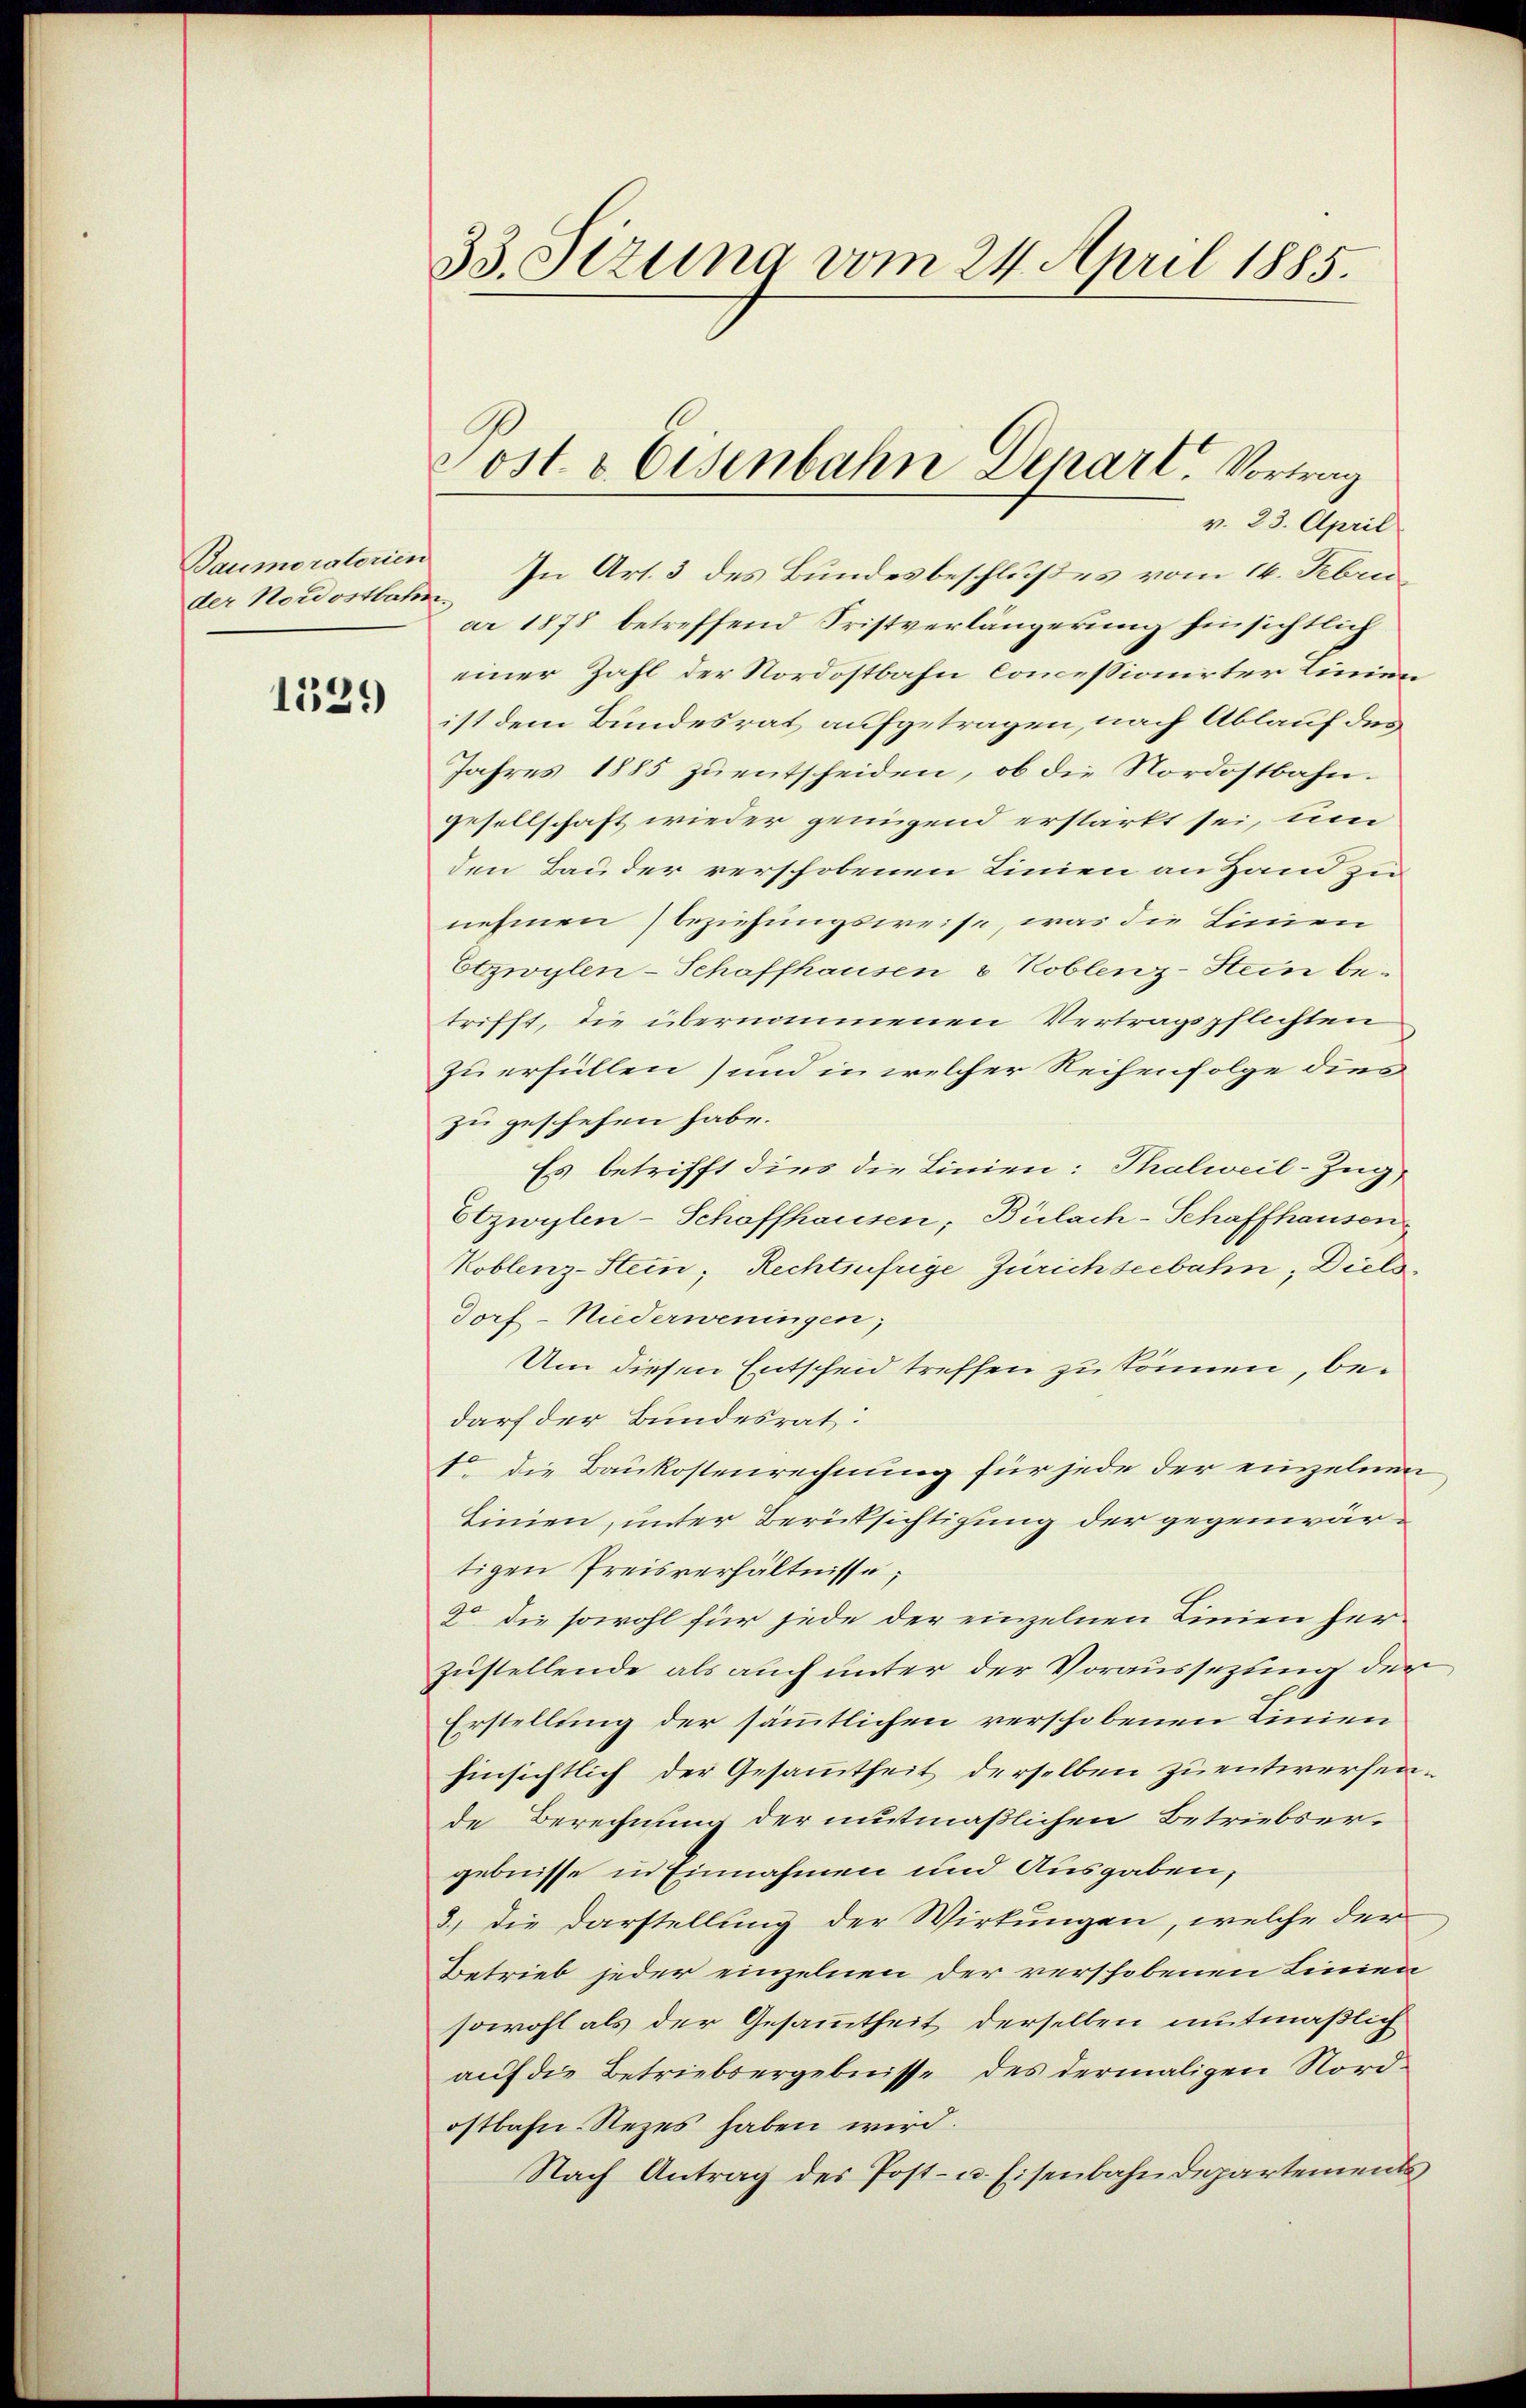
der Nordostbahnn

1539

33. Sizung vom 24. April 1885.

v. 23. April
Baumeraterien In Art. 3 des Bundesbeschlußes vom 14. Febru
ar 1878 betreffend Fristverlängerung hinsichtlich
einer Zahl der Nordostbahn Concessionirter Linien
ist dem Bundesrat aufgetragen, nach Ablauf des
Jahres 1885 zu entscheiden, ob die Nordostbahngesellschaft wieder genügend erstärkt sei, um
den Bauder verschobenen Linien an Hand zu
nehmen beziehungsweise, was die Linien
Etzwylen-Schaffhausen & Koblenz-Stein betrifft, die übernommenen Vertragspflichten
zu erfüllen) und in welcher Reihenfolge dies
zu geschehen habe.
Es betrifft dies die Linien: Thalweil-Zug,
Eozwylen-Schaffhausen, Bülach-Schaffhausen
Koblenz-Stein, Rechtsufrige Zürichseebahn, Diels¬
Dorf-Niederweningen;
Um diesen Entscheid treffen zu können, bedarf der Bundesrat:
fo die Baukostenrechnung für jede der einzelnen
Linien, unter Berücksichtigung der gegenwärtigen Preisverhältnisse;
do die sowohl für jede der einzelnen Linien her-
zustellende als auch unter der Voraussezung der
Erstellung der sämmtlichen verschobenen Linien
hinsichtlich der Gesammtheit derselben zu entwerfen.
de Berechnung der mutmaßlichen Betriebsergebnisse in Einnahmen und Ausgaben,
3) die Darstellung der Wirkungen, welche der
Betrieb jeder einzelnen der verschobenen Linien
sowohl als der Gesammtheit derselben mutmaßlich
auf die Betriebsergebnisse des dermaligen Nordostbahn. Rezes haben wird.
Nach Antrag des Post- u. Eisenbahndepartements

Post & Eisenbahn Depart. Vortrag